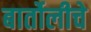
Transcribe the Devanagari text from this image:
बार्तोलीचे